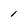
Character: 1